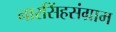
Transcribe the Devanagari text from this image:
नारसिंहसंग्राम